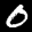
Label: 0